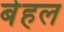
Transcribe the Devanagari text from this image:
बेहल